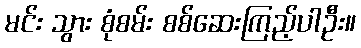
မင်း သွား စုံစမ်း စစ်ဆေးကြည့်ပါဦး။